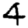
Digit: 4